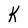
Character: K